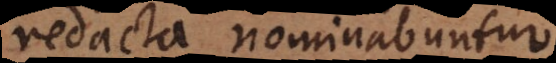
redacta nominabuntur.